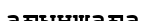
ағыншаға